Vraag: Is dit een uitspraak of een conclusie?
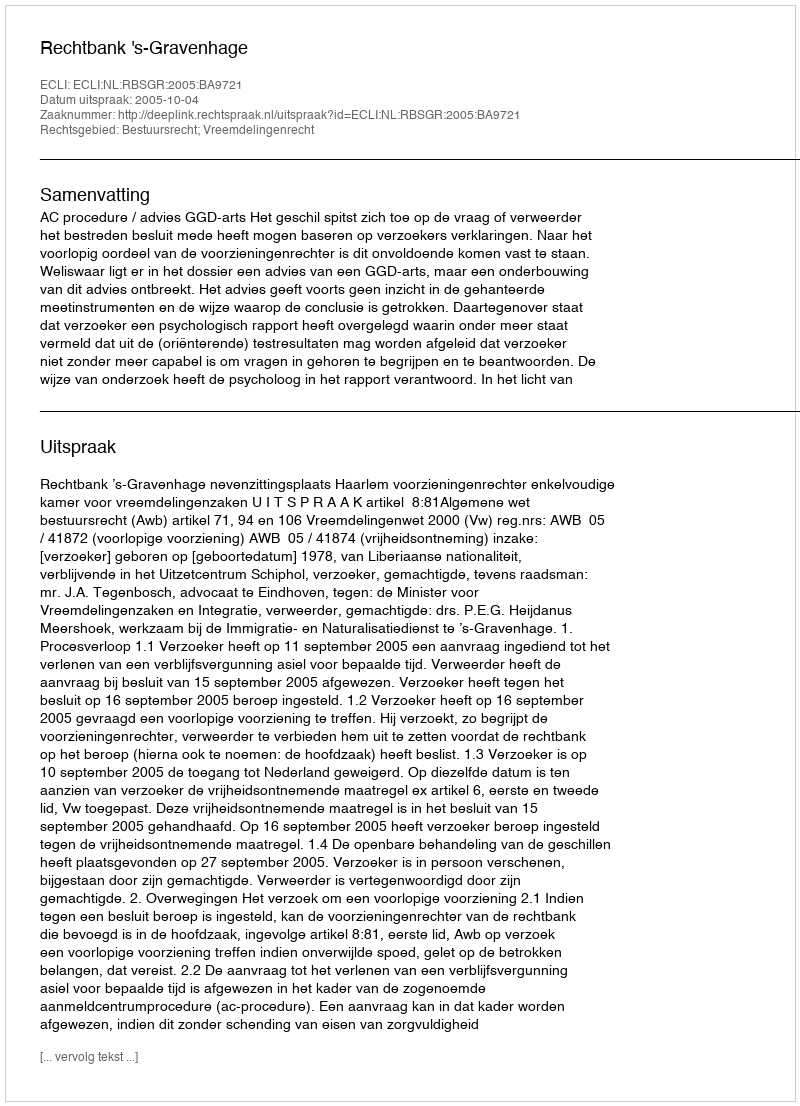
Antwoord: Uitspraak